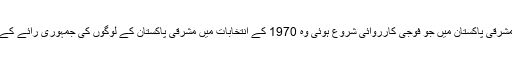
25 مارچ 1971 کو مشرقی پاکستان میں جو فوجی کارروائی شروع ہوئی وہ 1970 کے انتخابات میں مشرقی پاکستان کے لوگوں کی جمہوری رائے کے خلاف کارروائی تھی۔